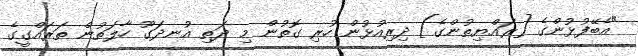
"އެބޭފުޅުންގެ [ރައްޔިތުންގެ] ދިރިއުޅުން ހުރި ގޮތުން މި ދަތި އުނދަގޫ ހާލަތުން ތަރައްގީގެ